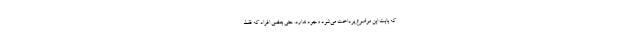
که بابت این موضوع پرداخت می‌شود وجود ندارد. حتی بعضی افراد که فقط